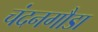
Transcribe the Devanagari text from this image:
चंदनगौडा